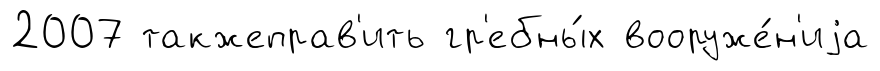
2007 такжеправ'ить гр'ебны́х вооруже́н'иjа